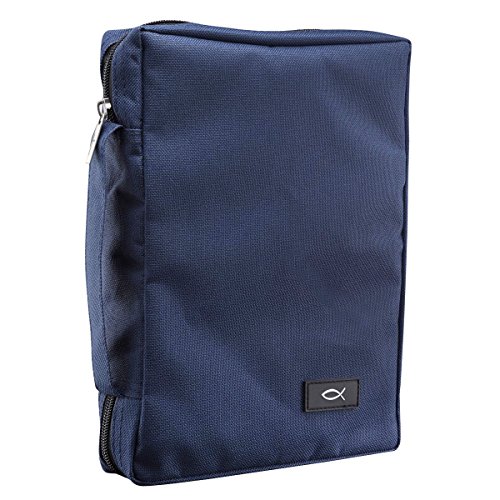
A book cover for Promo Poly-Canvas Bible / Book Cover w/Fish Applique (Large, Navy Blue); Christian Art Gifts; Christian Books & Bibles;